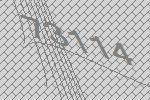
73114